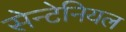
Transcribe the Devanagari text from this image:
सेन्टेनियल